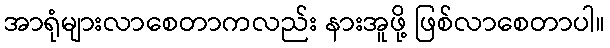
အာရုံများလာစေတာကလည်း နားအူဖို့ ဖြစ်လာစေတာပါ။